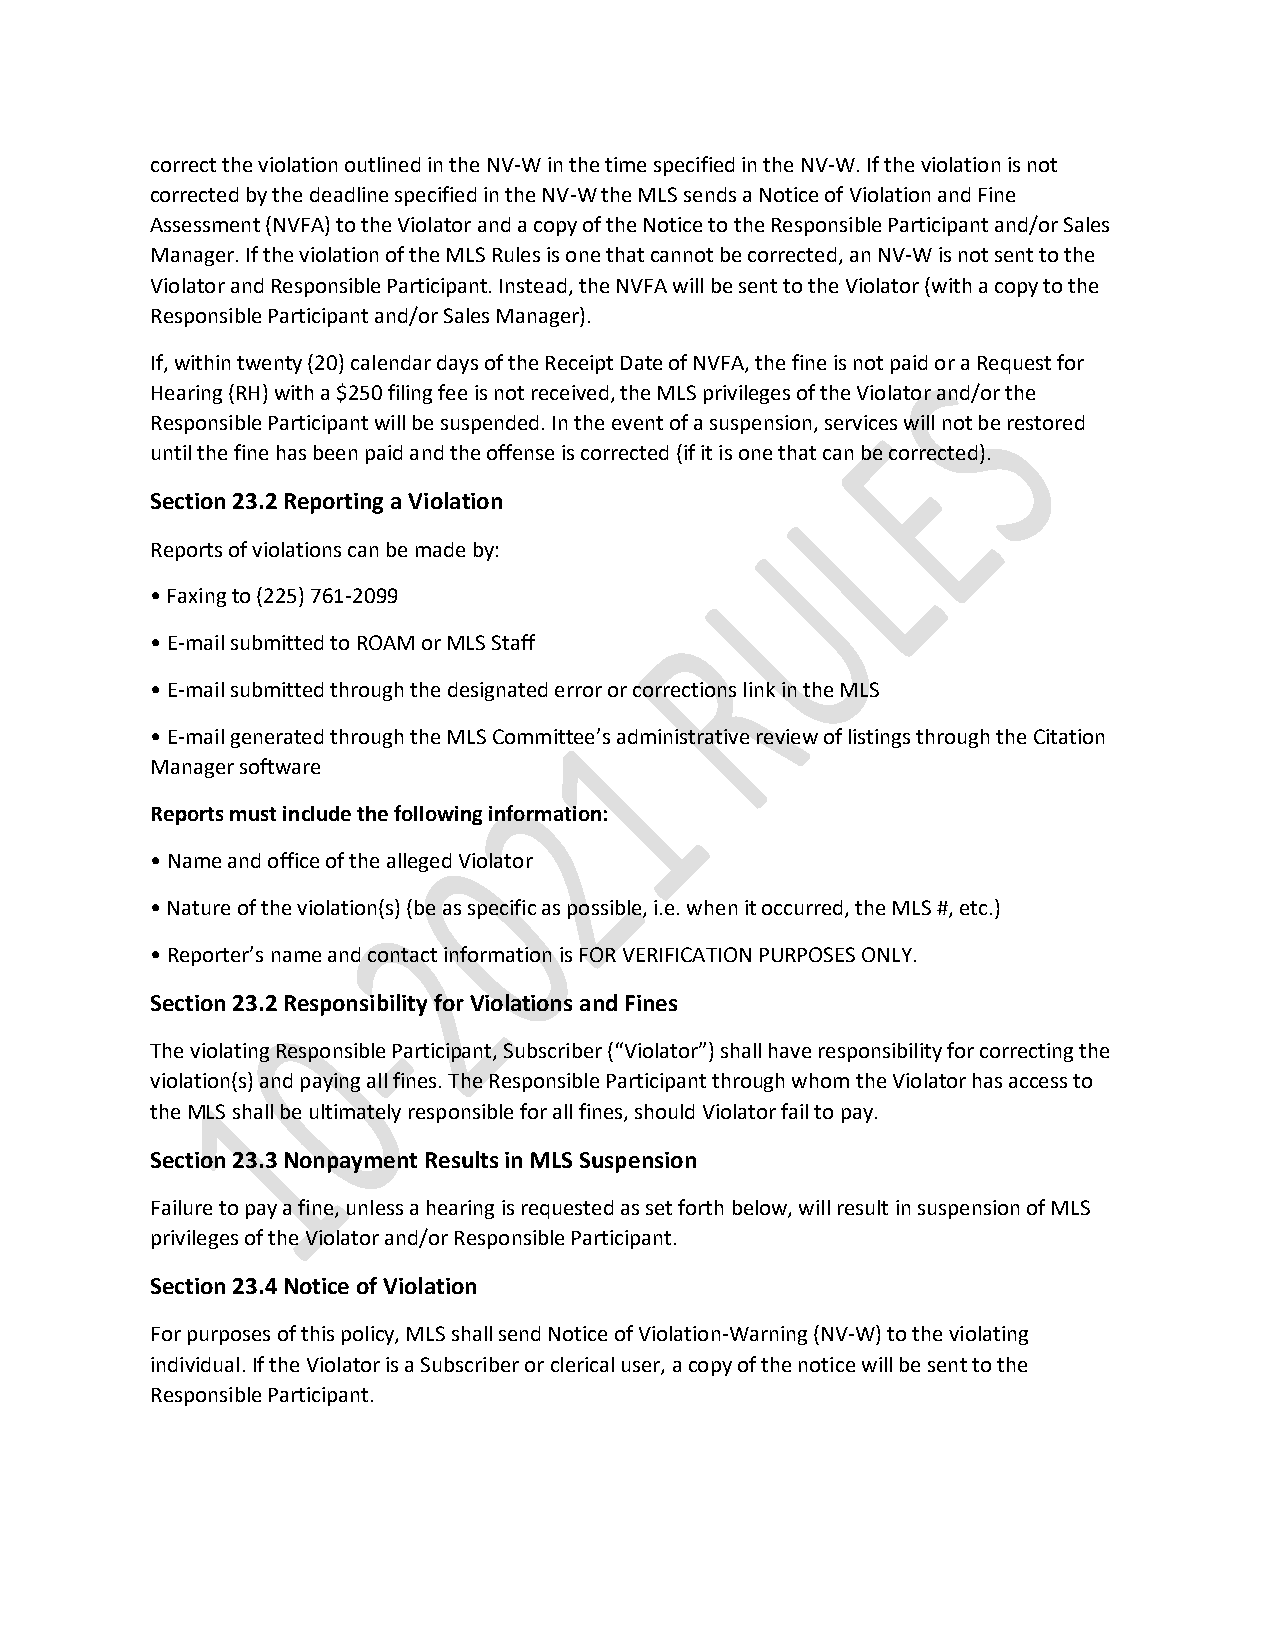
correct the violation outlined in the NV-W in the time specified in the NV-W. If the violation is not
 corrected by the deadline specified in the NV-W the MLS sends a Notice of Violation and Fine
 Assessment (NVFA) to the Violator and a copy of the Notice to the Responsible Participant and/or Sales
 Manager. If the violation of the MLS Rules is one that cannot be corrected, an NV-W is not sent to the
 Violator and Responsible Participant. Instead, the NVFA will be sent to the Violator (with a copy to the
 Responsible Participant and/or Sales Manager).
 If, within twenty (20) calendar days of the Receipt Date of NVFA, the fine is not paid or a Request for
 Hearing (RH) with a $250 filing fee is not received, the MLS privileges of the Violator and/or the
 Responsible Participant will be suspended. In the event of a suspension, services will not be restored
 until the fine has been paid and the offense is corrected (if it is one that can be corrected).
 Section 23.2 Reporting a Violation
 Reports of violations can be made by:
 • Faxing to (225) 761-2099
 • E-mail submitted to ROAM or MLS Staff
 • E-mail submitted through the designated error or corrections link in the MLS
 • E-mail generated through the MLS Committee’s administrative review of listings through the Citation
 Manager software
 Reports must include the following information:
 • Name and office of the alleged Violator
 • Nature of the violation(s) (be as specific as possible, i.e. when it occurred, the MLS #, etc.)
 • Reporter’s name and contact information is FOR VERIFICATION PURPOSES ONLY.
 Section 23.2 Responsibility for Violations and Fines
 The violating Responsible Participant, Subscriber (“Violator”) shall have responsibility for correcting the
 violation(s) and paying all fines. The Responsible Participant through whom the Violator has access to
 the MLS shall be ultimately responsible for all fines, should Violator fail to pay.
 Section 23.3 Nonpayment Results in MLS Suspension
 Failure to pay a fine, unless a hearing is requested as set forth below, will result in suspension of MLS
 privileges of the Violator and/or Responsible Participant.
 Section 23.4 Notice of Violation
 For purposes of this policy, MLS shall send Notice of Violation-Warning (NV-W) to the violating
 individual. If the Violator is a Subscriber or clerical user, a copy of the notice will be sent to the
 Responsible Participant.